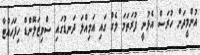
އުންމީދަށް ހުރަސް އެޅުނީ ފުރަތަމަ ލެގް ގައި އަމިއްލަ ދަނޑުގައި ސްވިޒަލޭންޑް ހިފަހައްޓާ